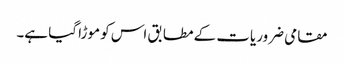
مقامی ضروریات کے مطابق اس کو موڑا گیا ہے۔